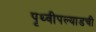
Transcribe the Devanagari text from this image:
पृथ्वीपल्याडची